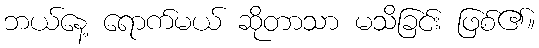
ဘယ်နေ့ ရောက်မယ် ဆိုတာသာ မသိခြင်း ဖြစ်၏။